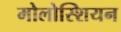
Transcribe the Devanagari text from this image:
मोलोस्शियन